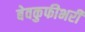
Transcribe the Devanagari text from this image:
बेवकुफीभरी